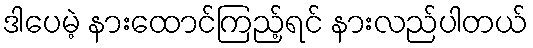
ဒါပေမဲ့ နားထောင်ကြည့်ရင် နားလည်ပါတယ်